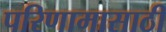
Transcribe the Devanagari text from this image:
परिणामासाठी